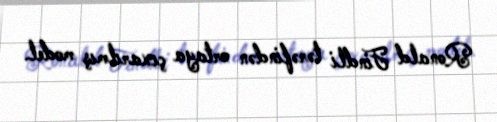
Ronald Findli tərəfindən ortaya çıxarılmış model.